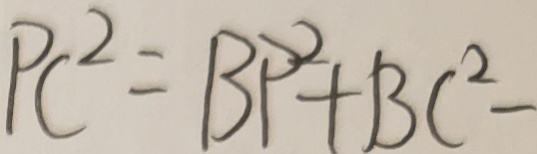
P C ^ { 2 } = B P ^ { 2 } + B C ^ { 2 } -